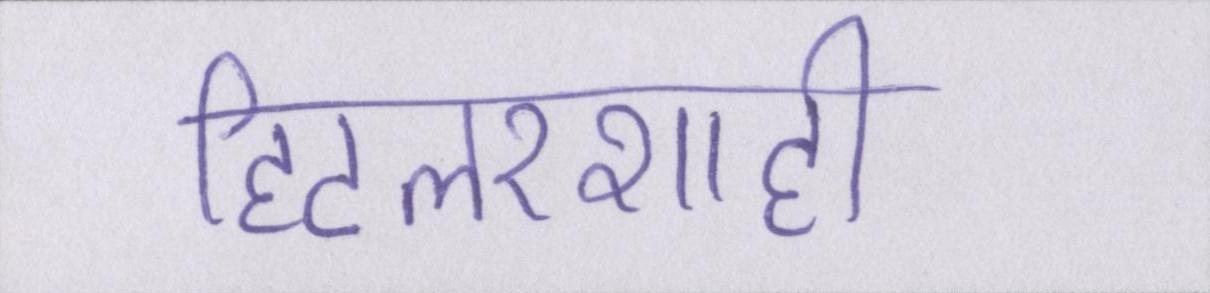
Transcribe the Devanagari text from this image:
हिटलरशाही